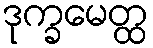
ဒုက္ခမေတ္ထ